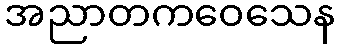
အညာတကဝေသေန